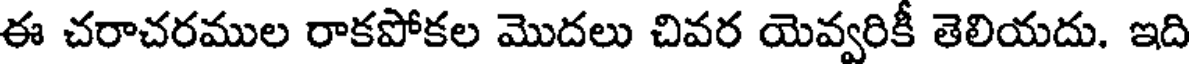
ఈ చరాచరముల రాకపోకల మొదలు చివర యెవ్వరికీ తెలియదు. ఇది